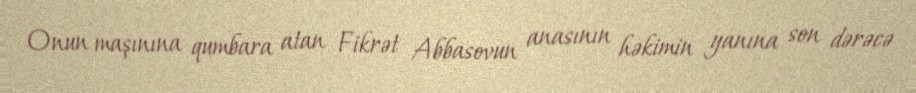
Onun maşınına qumbara atan Fikrət Abbasovun anasının həkimin yanına son dərəcə